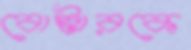
বোস্টারকে